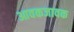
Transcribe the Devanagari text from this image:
आवकजावक